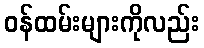
ဝန်ထမ်းများကိုလည်း